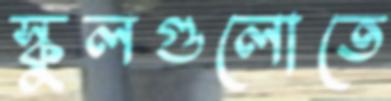
স্কুলগুলোতে